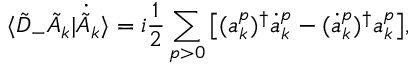
\langle \tilde { D } _ { - } \tilde { A } _ { k } | \dot { \tilde { A } } _ { k } \rangle = i \frac { 1 } { 2 } \sum _ { p > 0 } \big [ ( a _ { k } ^ { p } ) ^ { \dagger } \dot { a } _ { k } ^ { p } - ( \dot { a } _ { k } ^ { p } ) ^ { \dagger } a _ { k } ^ { p } \big ] ,